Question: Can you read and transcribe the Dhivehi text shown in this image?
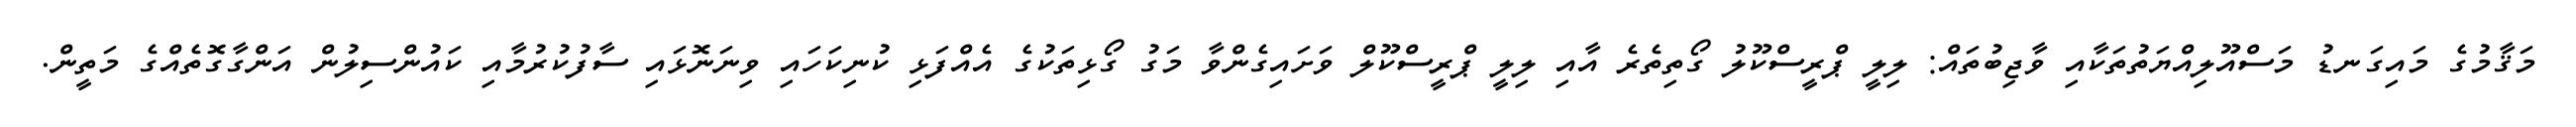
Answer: މަޤާމުގެ މައިގަނޑު މަސްއޫލިއްޔަތުތަކާއި ވާޖިބުތައް: ލިލީ ޕްރީސްކޫލު ގޯތިތެރެ އާއި ލިލީ ޕްރީސްކޫލް ވަށައިގެންވާ މަގު ގޯޅިތަކުގެ އެއްފަޅި ކުނިކަހައި ވިނަނޮޅައި ސާފުކުރުމާއި ކައުންސިލުން އަންގާގޮތެއްގެ މަތީން.